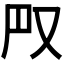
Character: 𠬮